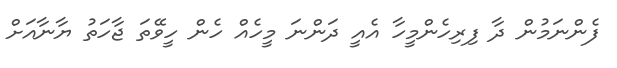
ފެންނަމުން ދާ ފިރިހެންމީހާ އެއީ ދަންނަ މީހެއް ހެން ހީވޭތަ ޖާހަތު ޔާނާއަށް